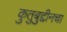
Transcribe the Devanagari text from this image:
कुतुबुद्दीनचा